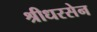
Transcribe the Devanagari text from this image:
श्रीधरसेन